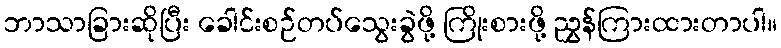
ဘာသာခြားဆိုပြီး ခေါင်းစဉ်တပ်သွေးခွဲဖို့ ကြိုးစားဖို့ ညွှန်ကြားထားတာပါ။